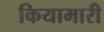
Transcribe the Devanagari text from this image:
कियामारी